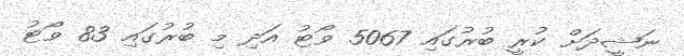
ނަޝީދަށް ކުރީ ބުރުގައި 5067 ވޯޓު އަދި މި ބުރުގައި 83 ވޯޓު